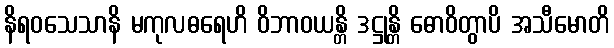
နိရဝသေသာနိ မကုလဓရေဟိ ဝိဘာဝယန္တိ ဒဋ္ဌုန္တိ ဓောဝိတွာပိ အသီမောတိ